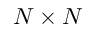
N \times N